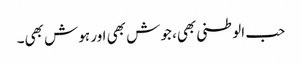
حب الوطنی بھی، جوش بھی اور ہوش بھی۔